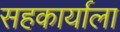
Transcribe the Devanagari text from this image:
सहकार्याला